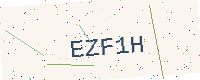
Text: EZF1H